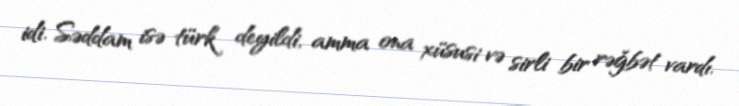
idi. Səddam isə türk deyildi, amma ona xüsusi və sirli bir rəğbət vardı.